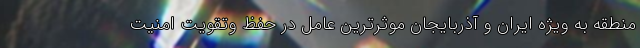
منطقه به ویژه ایران و آذربایجان موثرترین عامل در حفظ وتقویت امنیت